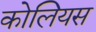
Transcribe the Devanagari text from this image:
कोलियस